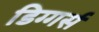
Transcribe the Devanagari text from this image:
डिग्गर्स